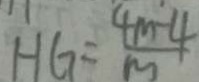
H G = \frac { 4 m - 4 } { m }